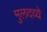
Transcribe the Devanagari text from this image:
मुलदव्ये